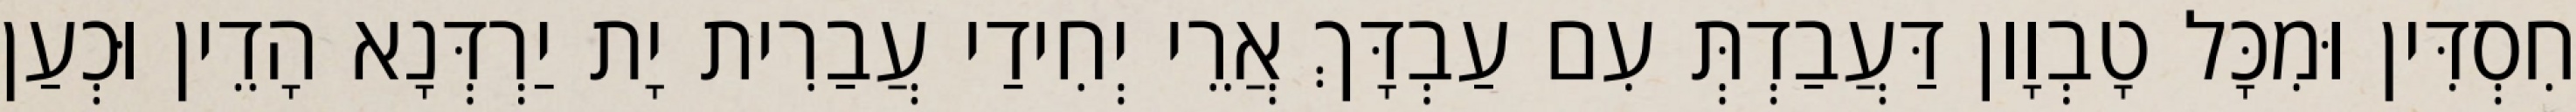
חִסְדִּין וּמִכָּל טָבְוָון דַּעֲבַדְתְּ עִם עַבְדָּךְ אֲרֵי יְחִידַי עֲבַרִית יָת יַרְדְּנָא הָדֵין וּכְעַן